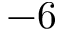
- 6